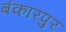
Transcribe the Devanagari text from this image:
बंकारपुर